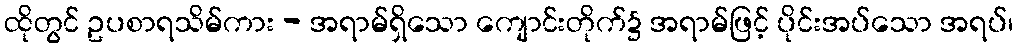
ထိုတွင် ဥပစာရသိမ်ကား - အရာမ်ရှိသော ကျောင်းတိုက်၌ အရာမ်ဖြင့် ပိုင်းအပ်သော အရပ်၊